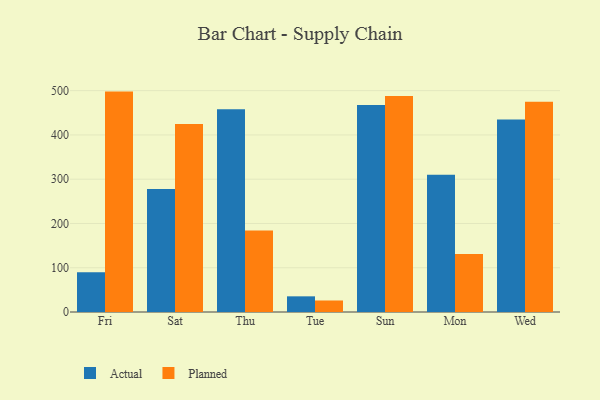
{"axis": {"x": "Day", "y": "Shipments"}, "legend": ["Actual", "Planned"], "data": [{"x": "Fri", "y": 90.0, "type": "Actual"}, {"x": "Fri", "y": 497.9, "type": "Planned"}, {"x": "Sat", "y": 277.9, "type": "Actual"}, {"x": "Sat", "y": 424.8, "type": "Planned"}, {"x": "Thu", "y": 457.9, "type": "Actual"}, {"x": "Thu", "y": 183.9, "type": "Planned"}, {"x": "Tue", "y": 35.4, "type": "Actual"}, {"x": "Tue", "y": 26.0, "type": "Planned"}, {"x": "Sun", "y": 467.6, "type": "Actual"}, {"x": "Sun", "y": 487.9, "type": "Planned"}, {"x": "Mon", "y": 310.0, "type": "Actual"}, {"x": "Mon", "y": 131.3, "type": "Planned"}, {"x": "Wed", "y": 434.8, "type": "Actual"}, {"x": "Wed", "y": 475.1, "type": "Planned"}]}